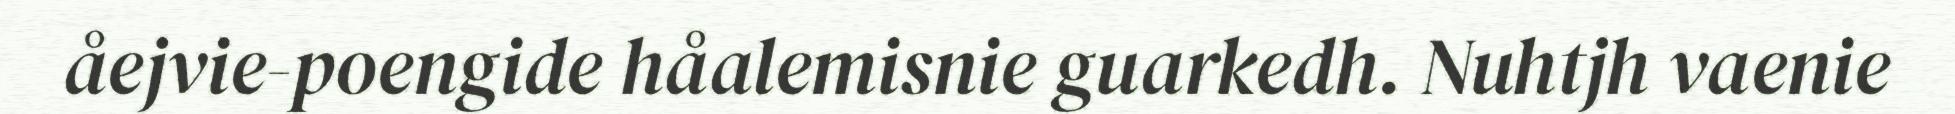
åejvie-poengide håalemisnie guarkedh. Nuhtjh vaenie